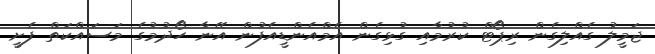
ޖަމީލު ގެއްލިގެން ރިޕޯޓް ކުރުމާއި ގުޅިގެން އެމްއެންޑީއެފުން އޭނާ ހޯދުމުގެ މަސައްކަތް ފެށީ